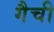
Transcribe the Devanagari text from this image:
गैची